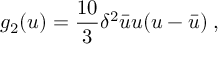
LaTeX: g _ { 2 } ( u ) = { \frac { 1 0 } { 3 } } \delta ^ { 2 } { \bar { u } } u ( u - { \bar { u } } ) \; ,